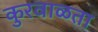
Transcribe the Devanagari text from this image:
कुरवाळता